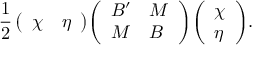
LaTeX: { \frac { 1 } { 2 } } \, { \left( \begin{array} { l l } { \chi } & { \eta } \end{array} \right) } { \left( \begin{array} { l l } { B ^ { \prime } } & { M } \\ { M } & { B } \end{array} \right) } { \left( \begin{array} { l } { \chi } \\ { \eta } \end{array} \right) } .